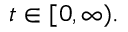
t \in [ 0 , \infty ) .